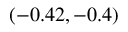
( - 0 . 4 2 , - 0 . 4 )